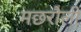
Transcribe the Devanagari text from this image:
मछरौली